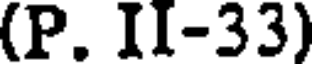
(P. II-33)